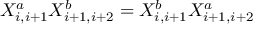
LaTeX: X _ { i , i + 1 } ^ { a } X _ { i + 1 , i + 2 } ^ { b } = X _ { i , i + 1 } ^ { b } X _ { i + 1 , i + 2 } ^ { a }